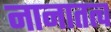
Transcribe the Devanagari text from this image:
नानातत्व